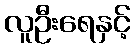
လူဦးရေနှင့်